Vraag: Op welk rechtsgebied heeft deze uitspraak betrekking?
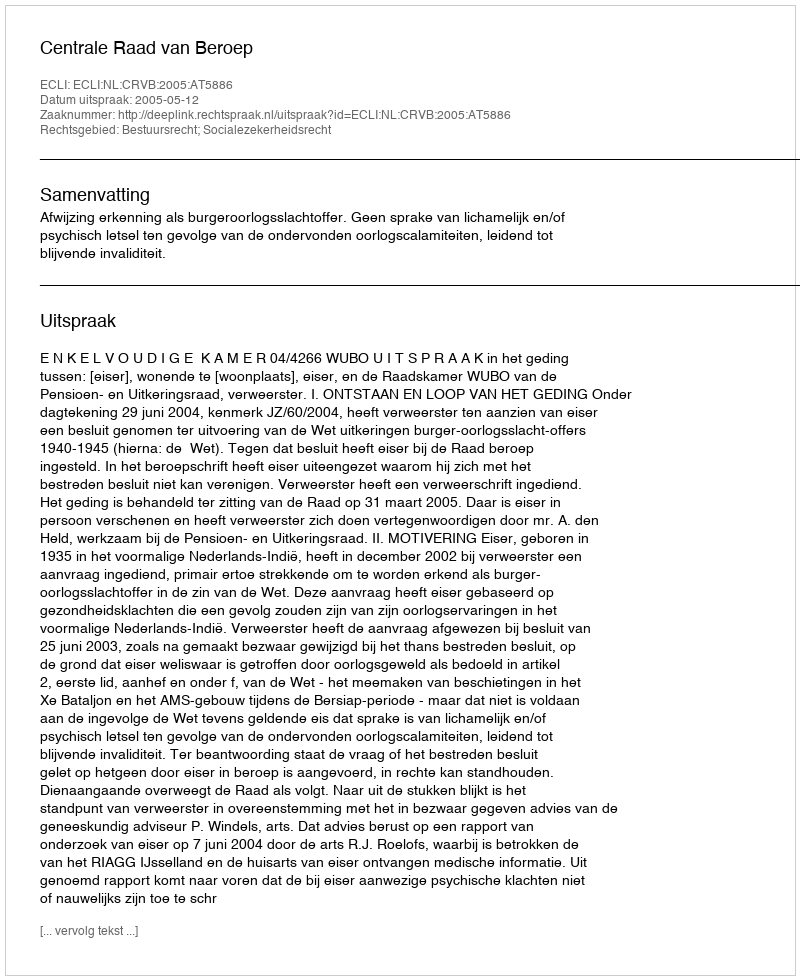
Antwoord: Bestuursrecht; Socialezekerheidsrecht